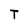
Character: T